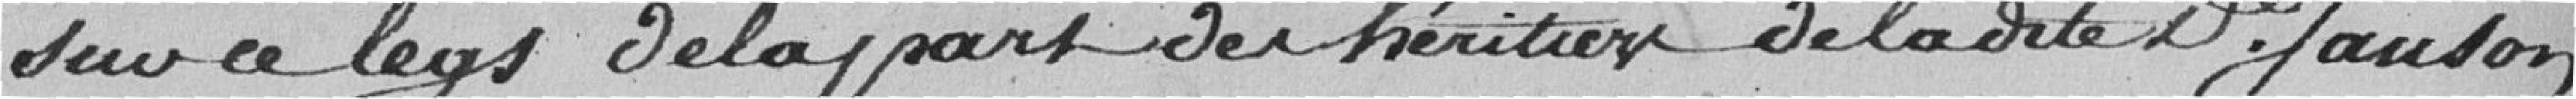
sur ce legs de la part des héritiers de la dite Dame Janson